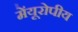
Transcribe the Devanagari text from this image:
मेंयूरोपीय